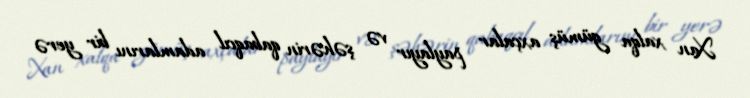
Xan xalqa gümüş axçalar paylayır və şəhərin qabaqcıl adamlarını bir yerə